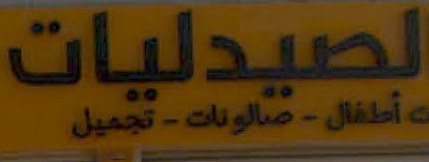
الصيدليات